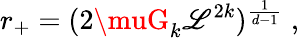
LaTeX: r_{+}=(2\muG_{k}\mathscr{L}^{2k})^{\frac{{1}}{{d-1}}}\; ,